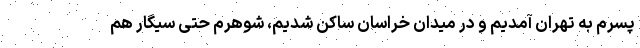
پسرم به تهران آمدیم و در میدان خراسان ساکن شدیم، شوهرم حتی سیگار هم